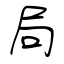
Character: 局